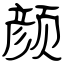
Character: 颜